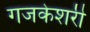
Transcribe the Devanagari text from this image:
गजकेशरी